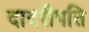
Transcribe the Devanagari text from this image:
दादरीपति